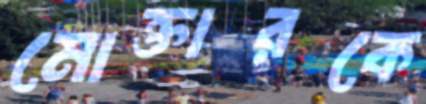
মোক্তারকে